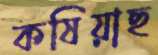
কষিয়াছ